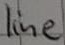
Text: line